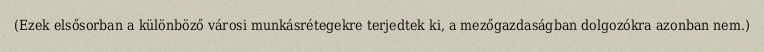
(Ezek elsősorban a különböző városi munkásrétegekre terjedtek ki, a mezőgazdaságban dolgozókra azonban nem.)